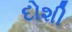
દોશી